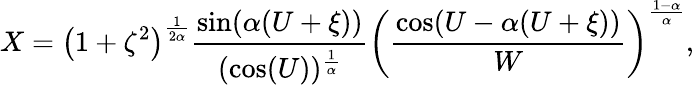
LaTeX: X=\left(1+\zeta^{2}\right)^{\frac{1}{2\alpha}}{\frac{\sin(\alpha(U+\xi))}{(\cos(U))^{\frac{1}{\alpha}}}}\left({\frac{\cos(U-\alpha(U+\xi))}{W}}\right)^{\frac{1-\alpha}{\alpha}},